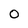
Character: 0